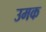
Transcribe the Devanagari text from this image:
उमक